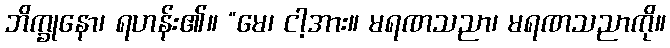
ဘိက္ခုနော၊ ရဟန်း၏။ “မေ၊ ငါ့အား။ မရဏသညာ၊ မရဏသညာကို။